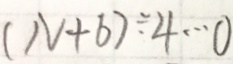
( N + 6 ) \div 4 \cdots 0